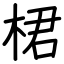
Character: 桾